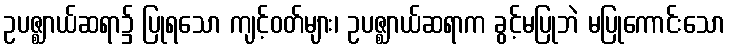
ဥပဇ္ဈာယ်ဆရာ၌ ပြုရသော ကျင့်ဝတ်များ၊ ဥပဇ္ဈာယ်ဆရာက ခွင့်မပြုဘဲ မပြုကောင်းသော